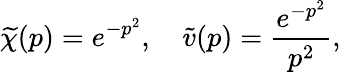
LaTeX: \widetilde{\chi}(p)=e^{-p^{2}},\quad\widetilde{v}(p)=\frac{e^{-p^{2}}}{p^{2}},